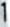
1